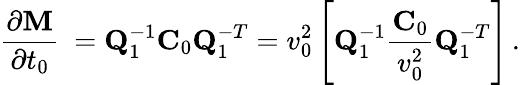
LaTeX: \frac{\partial{\mathbf M}}{\partial t_{0}}\ ={\mathbf Q}_{1}^{-1}{\mathbf C}_{0}{\mathbf Q}_{1}^{-T}=v_{0}^{2}\left[{\mathbf Q}_{1}^{-1}\frac{{\mathbf C}_{0}}{v_{0}^{2}}{\mathbf Q}_{1}^{-T}\right]\, .